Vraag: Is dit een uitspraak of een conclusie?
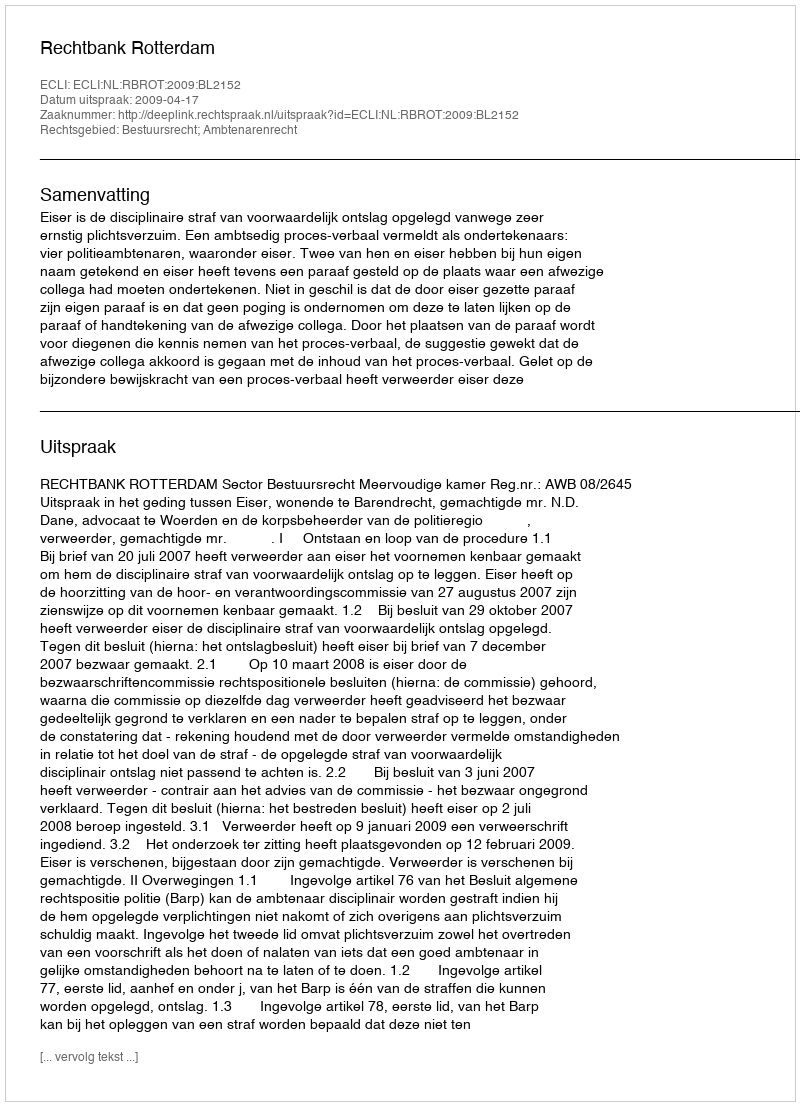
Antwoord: Uitspraak